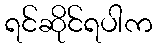
ရင်ဆိုင်ရပါက